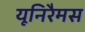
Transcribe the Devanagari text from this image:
यूनिरैमस